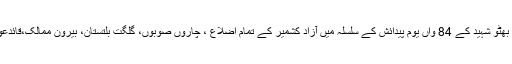
ہمایوں مرزا نے کہا کہ ذوالفقار علی بھٹو شہید کے 84 واں یوم پیدائش کے سلسلہ میں آزاد کشمیر کے تمام اضلاع ، چاروں صوبوں، گلگت بلتستان، بیرون ممالک،قائدعوام کی سالگرہ کا کیک کاٹا جائے گا۔